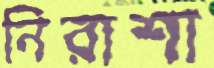
নিরাশা